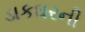
ડાકઘરની